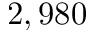
2 , 9 8 0